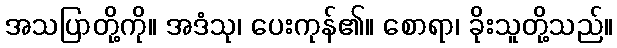
အသပြာတို့ကို။ အဒံသု၊ ပေးကုန်၏။ စောရာ၊ ခိုးသူတို့သည်။